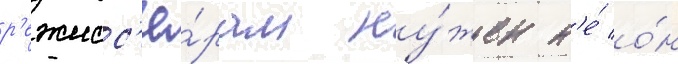
р'ежисс'ё́рам ну́жен н'е́ о́н